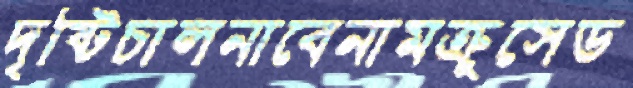
দৃষ্টিচালনাবেনামক্রুসেড